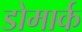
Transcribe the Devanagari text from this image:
डोमार्क